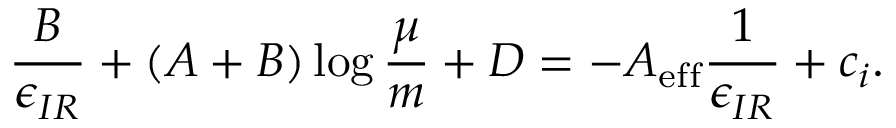
{ \frac { B } { \epsilon _ { I R } } } + \left( A + B \right) \log { \frac { \mu } { m } } + D = - A _ { \mathrm { e f f } } { \frac { 1 } { \epsilon _ { I R } } } + c _ { i } .